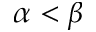
\alpha < \beta